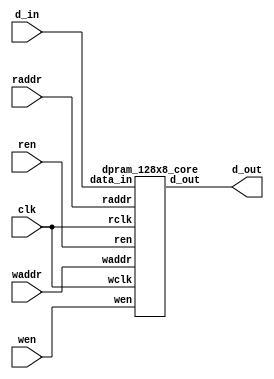
//-----------------------------------------------------
// Design Name : dual_port_ram
// Function    : Dual port RAM 8x128 
// Coder       : Xifan Tang
//-----------------------------------------------------

module dpram_128x8 (
	input clk,
	input wen,
	input ren,
	input[0:6] waddr,
	input[0:6] raddr,
	input[0:7] d_in,
	output[0:7] d_out );

		dpram_128x8_core memory_0 (
			.wclk		(clk),
			.wen		(wen),
			.waddr		(waddr),
			.data_in	(d_in),
			.rclk		(clk),
			.ren		(ren),
			.raddr		(raddr),
			.d_out		(d_out) );

endmodule

module dpram_128x8_core (
	input wclk,
	input wen,
	input[0:6] waddr,
	input[0:7] data_in,
	input rclk,
	input ren,
	input[0:6] raddr,
	output[0:7] d_out );

	reg[0:7] ram[0:127];
	reg[0:7] internal;

	assign d_out = internal;

	always @(posedge wclk) begin
		if(wen) begin
			ram[waddr] <= data_in;
		end
	end

	always @(posedge rclk) begin
		if(ren) begin
			internal <= ram[raddr];
		end
	end

endmodule